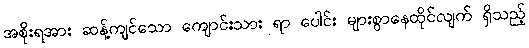
အစိုးရအား ဆန့်ကျင်သော ကျောင်းသား ရာ ပေါင်း များစွာနေထိုင်လျက် ရှိသည့်